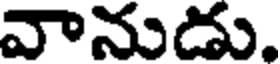
వానుడు.